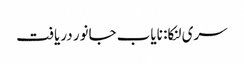
سری لنکا: نایاب جانور دریافت